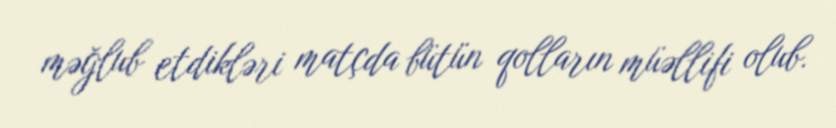
məğlub etdikləri matçda bütün qolların müəllifi olub.